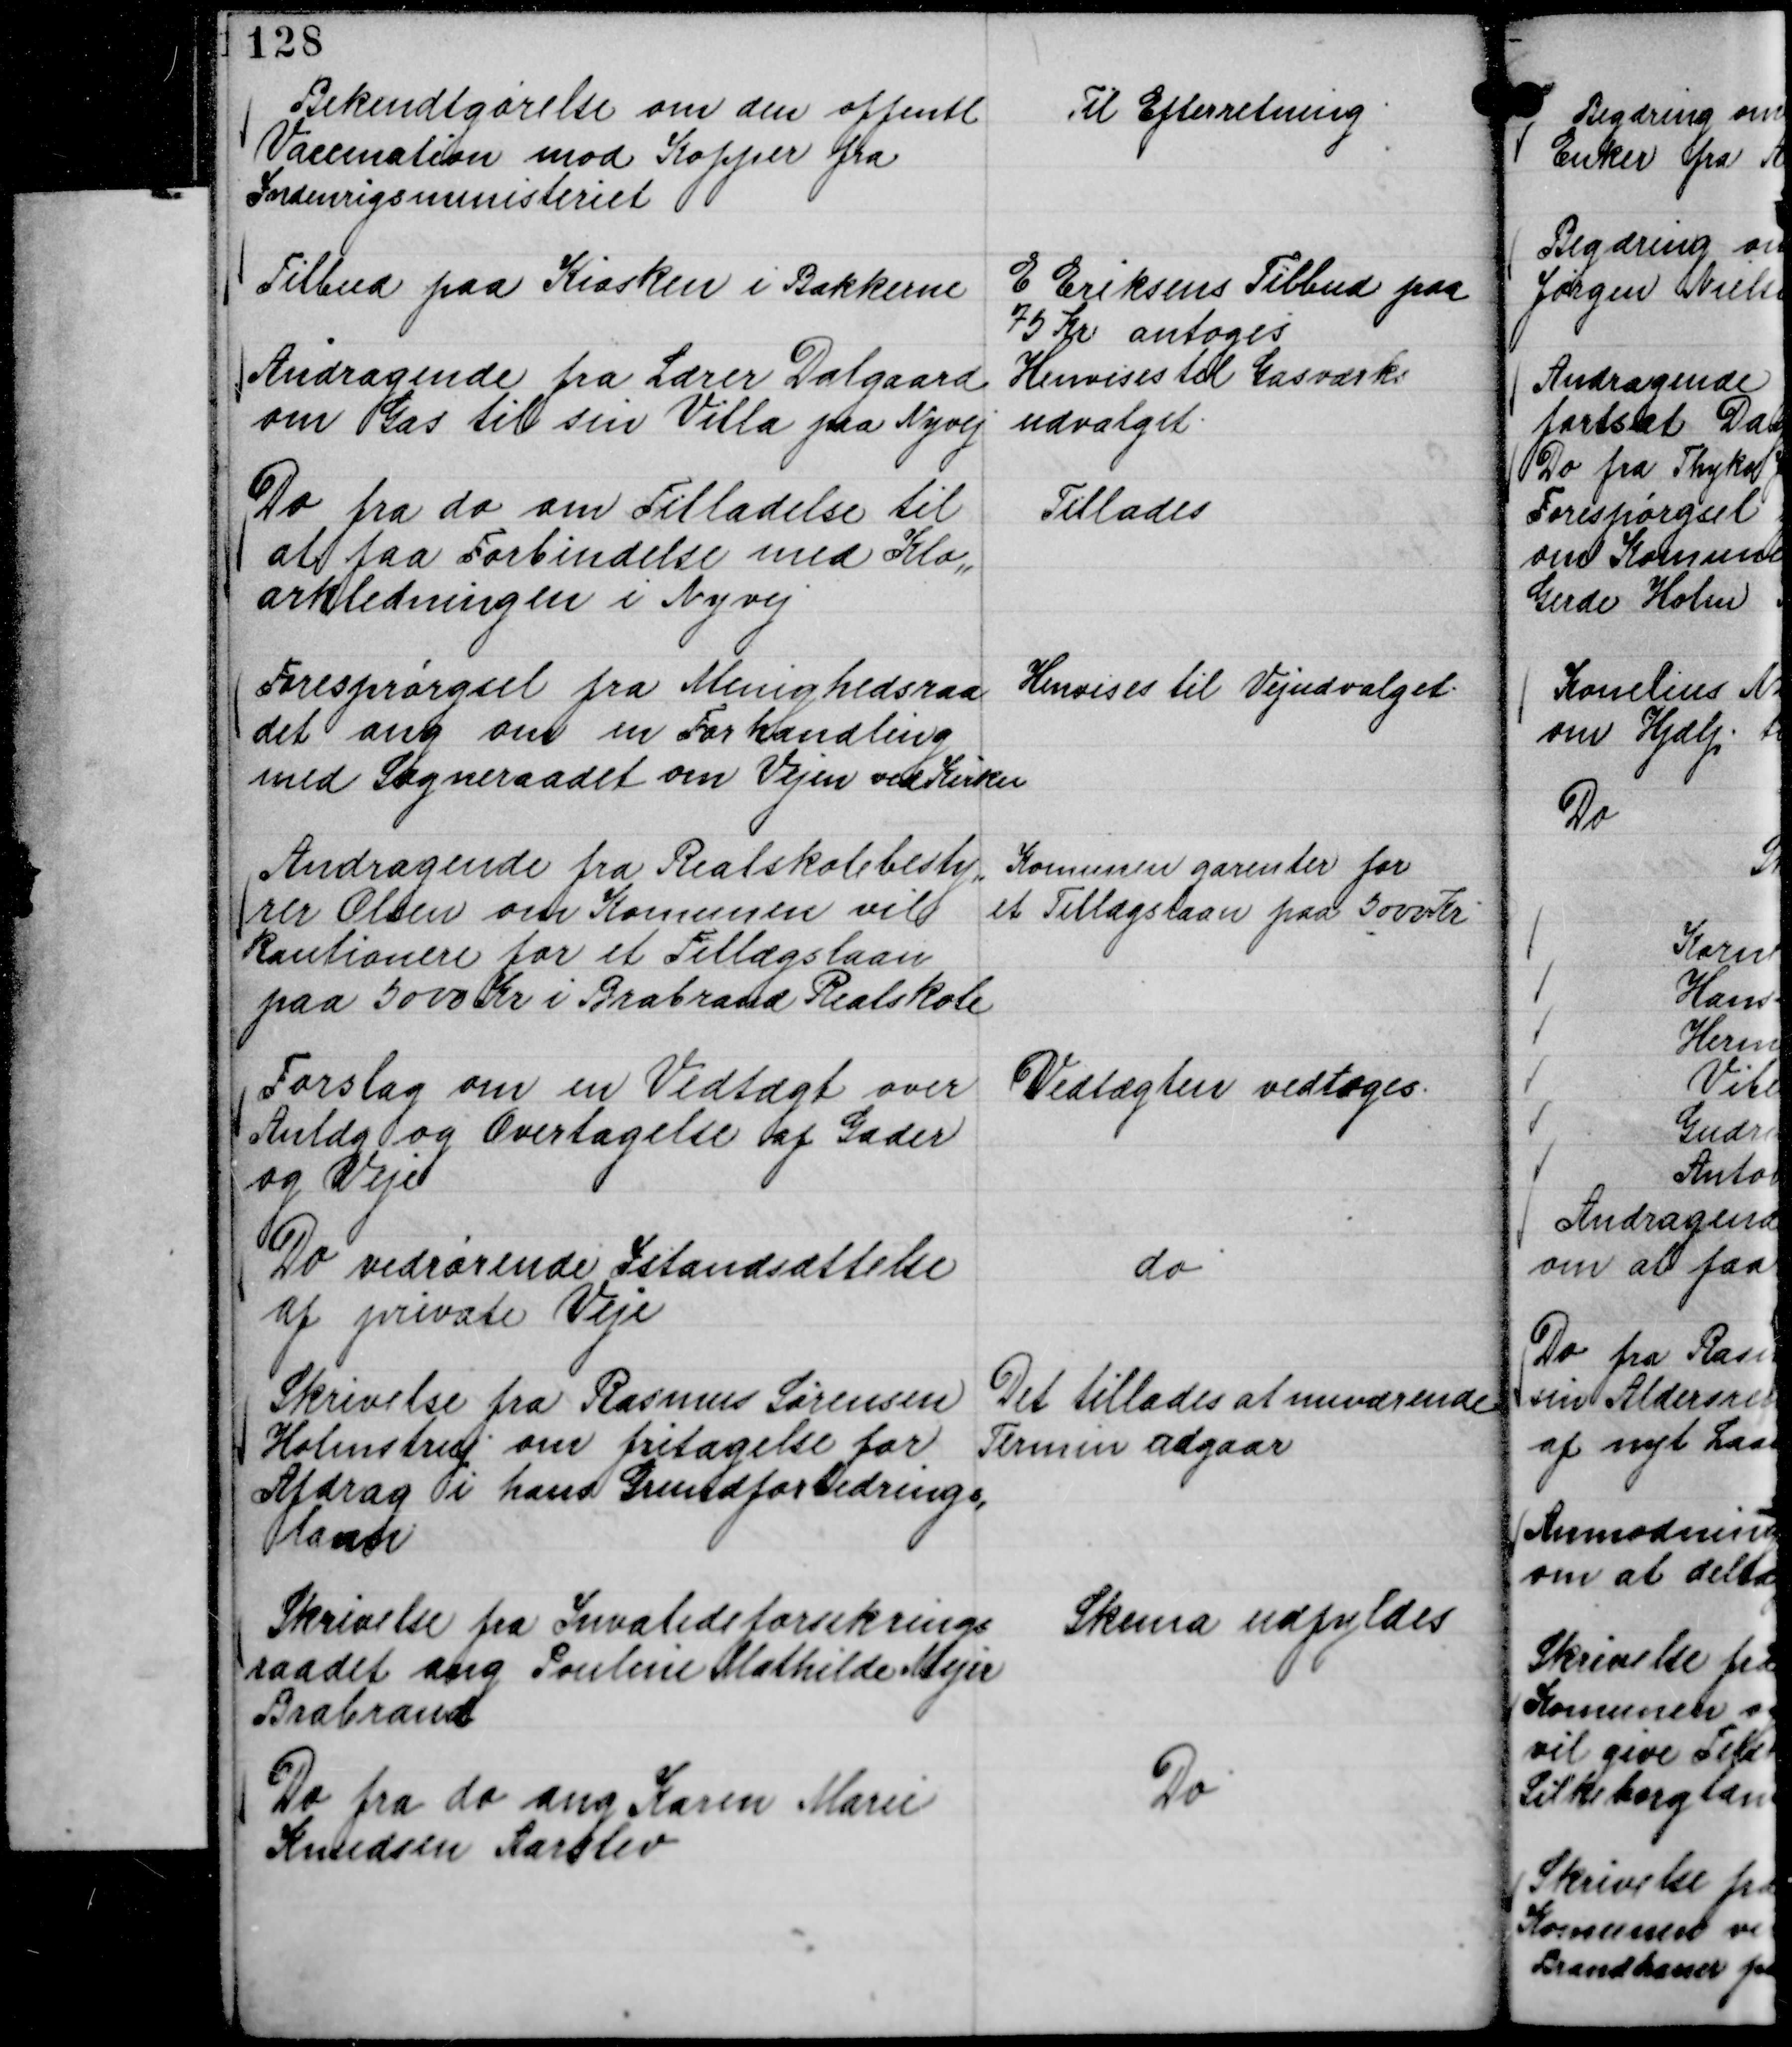
Transskription:
Bekendtgørelse om den offentl
Vaccination mod Kopper fra
Indenrigsministeriet

Til Efterretning.

Tilbud paa Kiosken i Bakkerne

E Eriksens Tilbud paa
75 Kr antoges

Andragende fra Lærer Dalgaard
om Gas til sin Villa paa Nyvej

Henvises til Gasværks
udvalget.

Do fra do om Tilladelse til
at faa Forbindelse med Klo,,
arkledningen i Nyvej

Tillades

Forespørgsel fra Menighedsraa
det ang om en Forhandling
med Sogneraadet om Vejen ved Kirkn

Henvises til Vejudvalget.

Andragende fra Realskolebesty,,
rer Olsen om Komunen vil
kautionere for et Tillægslaan
paa 5000 Kr i Brabrand Realskole

Komunen garenter for
et Tillægslaan paa 5000 Kr.

Forslag om en Vedtægt over
Anlæg og Overdragelse af Gader
og Veje

Vedtægten vedtoges.

Do vedrørende Istandsættelse
af private Veje

do

Skrivelse fra Rasmus Sørensen
Holmstrup om fritagelse for
Afdrag i hans Grundforbedrings,
laan

Det tillades at nuværende
Termin udgaar

Skrivelse fra Invalideforsikrings
raadet ang Pouline Mathilde Mejer
Brabrand

Skema udfyldes

Do fra do ang Karen Marie
Knudsen Aarslev

Do